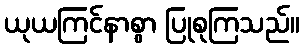
ယုယကြင်နာစွာ ပြုစုကြသည်။